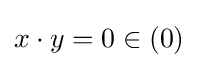
x\cdot y=0\in (0)